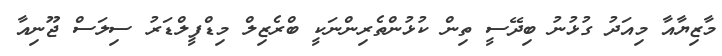
މާޒިޔާއާ މިއަދު ގުޅުނު ބިދޭސީ ތިން ކުޅުންތެރިންނަކީ ބްރެޒިލް މިޑްފީލްޑަރު ސިލަސް ޖޫނިއާ